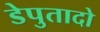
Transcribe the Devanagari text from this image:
डेपुतादो